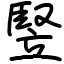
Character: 竪